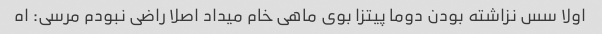
اولا سس نزاشته بودن دوما پیتزا بوی ماهی خام میداد اصلا راضی نبودم مرسی: اه